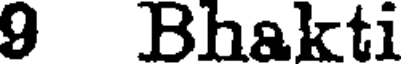
9 Bhakti